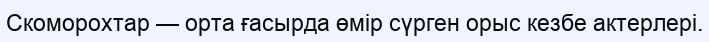
Скоморохтар — орта ғасырда өмір сүрген орыс кезбе актерлері.